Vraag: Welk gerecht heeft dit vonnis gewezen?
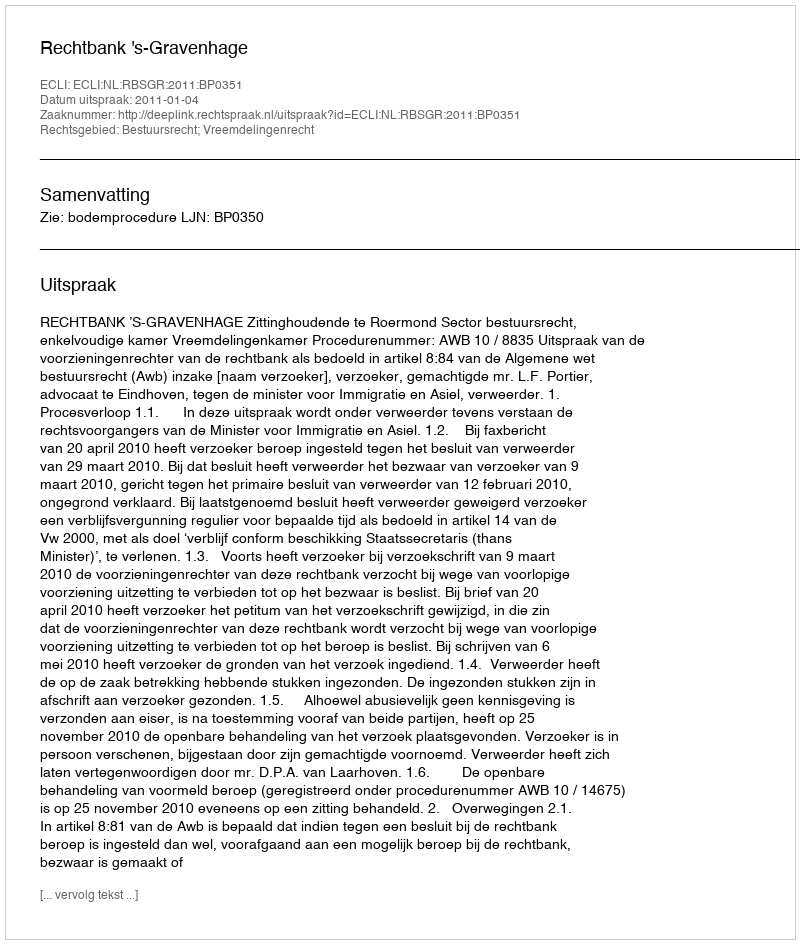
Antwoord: Rechtbank 's-Gravenhage